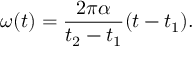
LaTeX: \omega ( t ) = { \frac { 2 \pi \alpha } { t _ { 2 } - t _ { 1 } } } { ( t - t _ { 1 } ) } .